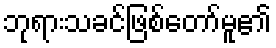
ဘုရားသခင်ဖြစ်တော်မူ၏